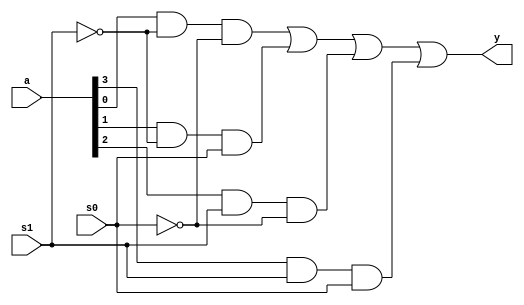
`timescale 1ns / 1ps


module mux4(a,s0,s1,y);
input [3:0]a; input s0,s1; output y;
assign y = ((a[0]&~s1&~s0)|(a[1]&~s1&s0)|(a[2]&s1&~s0)|(a[3]&s1&s0));
endmodule